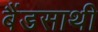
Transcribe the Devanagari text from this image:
बैंडसाथी